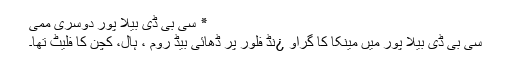
٭ سی بی ڈی بیلا پور دوسری ممی
سی بی ڈی بیلا پور میں مینکا کا گراو ¿نڈ فلور پر ڈھائی بیڈ روم ، ہال، کچن کا فلیٹ تھا۔